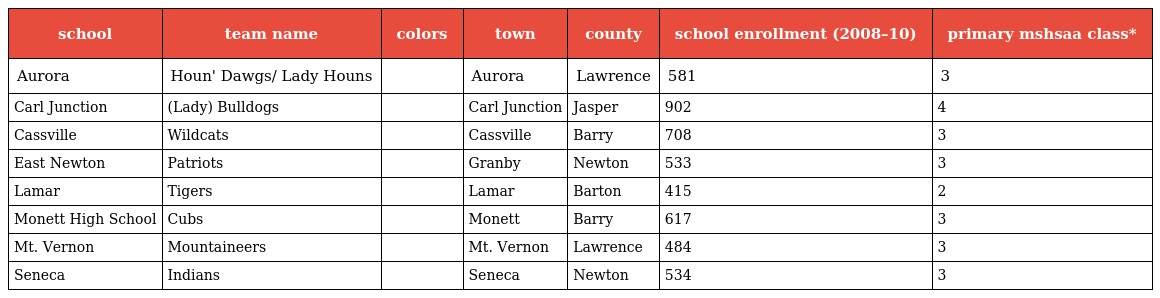
| school | team name | colors | town | county | school enrollment (2008–10) | primary mshsaa class* |
 | --- | --- | --- | --- | --- | --- | --- |
 | Aurora | Houn' Dawgs/ Lady Houns |  | Aurora | Lawrence | 581 | 3 |
 | Carl Junction | (Lady) Bulldogs |  | Carl Junction | Jasper | 902 | 4 |
 | Cassville | Wildcats |  | Cassville | Barry | 708 | 3 |
 | East Newton | Patriots |  | Granby | Newton | 533 | 3 |
 | Lamar | Tigers |  | Lamar | Barton | 415 | 2 |
 | Monett High School | Cubs |  | Monett | Barry | 617 | 3 |
 | Mt. Vernon | Mountaineers |  | Mt. Vernon | Lawrence | 484 | 3 |
 | Seneca | Indians |  | Seneca | Newton | 534 | 3 |